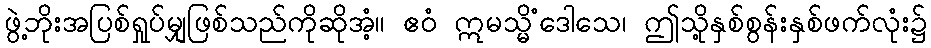
ဖွဲ့ဘိုးအပြစ်ရှုပ်မျှဖြစ်သည်ကိုဆိုအံ့။ ဧဝံ ဣမသ္မိံဒေါသေ၊ ဤသို့နှစ်စွန်းနှစ်ဖက်လုံး၌